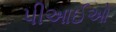
પીઆઈઓ